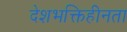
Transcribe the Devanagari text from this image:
देशभक्तिहीनता